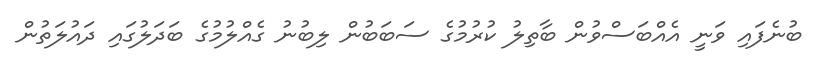
ބުނެފައި ވަނީ އެއްބަސްވުން ބާތިލު ކުރުމުގެ ސަބަބުން ލިބުނު ގެއްލުމުގެ ބަދަލުގައި ދައުލަތުން